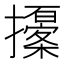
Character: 𢸹